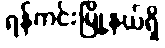
ရန်ကင်းမြို့နယ်ရှိ